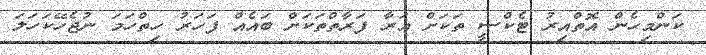
ކަންމިހެން އޮތްއިރު ޓެކްސީ ތަކަށް އަރާ ފަރާތްތަކަށް ބައެއް ފަހަރު ހިތްހަމަ ނުޖެހޭކަހަލަ